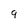
Character: 9